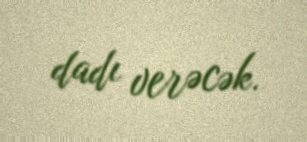
dadı verəcək.